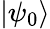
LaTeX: \left|\psi_{0}\right\rangle